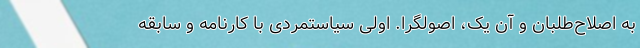
به اصلاح‌طلبان و آن ‌یک، اصولگرا. اولی سیاستمردی با کارنامه و سابقه